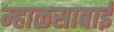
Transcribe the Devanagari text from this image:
म्हाळसाबाई